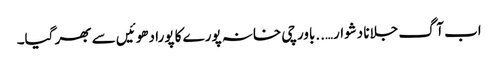
اب آگ جلانا دشوار…..باورچی خانہ پورے کا پورا دھوئیں سے بھر گیا۔